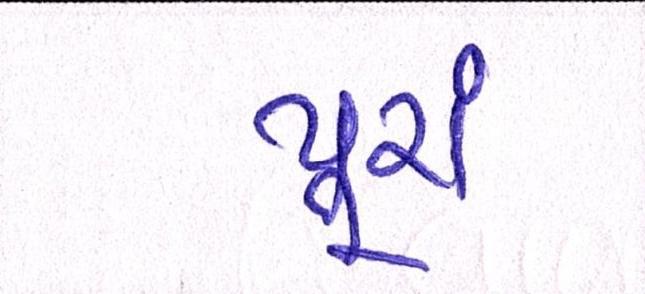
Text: પૂરાં